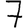
Digit: 7